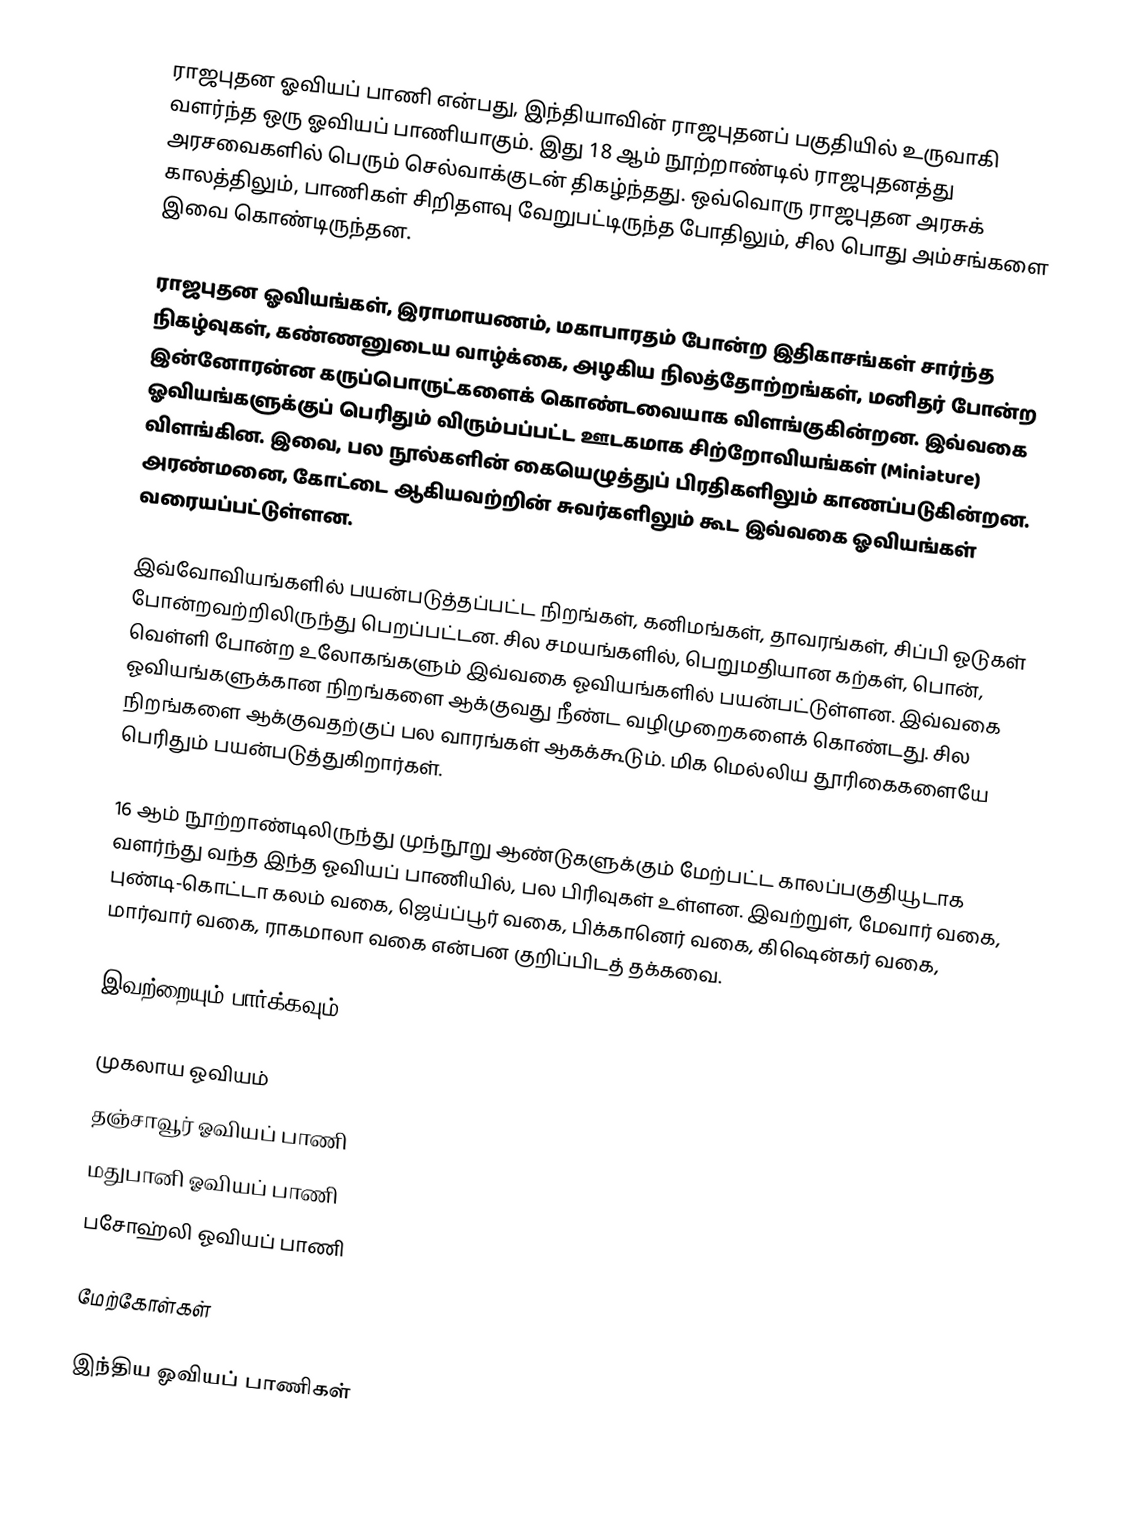
ராஜபுதன ஓவியப் பாணி என்பது, இந்தியாவின் ராஜபுதனப் பகுதியில் உருவாகி வளர்ந்த ஒரு ஓவியப் பாணியாகும். இது 18 ஆம் நூற்றாண்டில் ராஜபுதனத்து அரசவைகளில் பெரும் செல்வாக்குடன் திகழ்ந்தது. ஒவ்வொரு ராஜபுதன அரசுக் காலத்திலும், பாணிகள் சிறிதளவு வேறுபட்டிருந்த போதிலும், சில பொது அம்சங்களை இவை கொண்டிருந்தன.

ராஜபுதன ஓவியங்கள், இராமாயணம், மகாபாரதம் போன்ற இதிகாசங்கள் சார்ந்த நிகழ்வுகள், கண்ணனுடைய வாழ்க்கை, அழகிய நிலத்தோற்றங்கள், மனிதர் போன்ற இன்னோரன்ன கருப்பொருட்களைக் கொண்டவையாக விளங்குகின்றன. இவ்வகை ஓவியங்களுக்குப் பெரிதும் விரும்பப்பட்ட ஊடகமாக சிற்றோவியங்கள் (Miniature) விளங்கின. இவை, பல நூல்களின் கையெழுத்துப் பிரதிகளிலும் காணப்படுகின்றன. அரண்மனை, கோட்டை ஆகியவற்றின் சுவர்களிலும் கூட இவ்வகை ஓவியங்கள் வரையப்பட்டுள்ளன.

இவ்வோவியங்களில் பயன்படுத்தப்பட்ட நிறங்கள், கனிமங்கள், தாவரங்கள், சிப்பி ஓடுகள் போன்றவற்றிலிருந்து பெறப்பட்டன. சில சமயங்களில், பெறுமதியான கற்கள், பொன், வெள்ளி போன்ற உலோகங்களும் இவ்வகை ஓவியங்களில் பயன்பட்டுள்ளன. இவ்வகை ஓவியங்களுக்கான நிறங்களை ஆக்குவது நீண்ட வழிமுறைகளைக் கொண்டது. சில நிறங்களை ஆக்குவதற்குப் பல வாரங்கள் ஆகக்கூடும். மிக மெல்லிய தூரிகைகளையே பெரிதும் பயன்படுத்துகிறார்கள்.

16 ஆம் நூற்றாண்டிலிருந்து முந்நூறு ஆண்டுகளுக்கும் மேற்பட்ட காலப்பகுதியூடாக வளர்ந்து வந்த இந்த ஓவியப் பாணியில், பல பிரிவுகள் உள்ளன. இவற்றுள், மேவார் வகை, புண்டி-கொட்டா கலம் வகை, ஜெய்ப்பூர் வகை, பிக்கானெர் வகை, கிஷென்கர் வகை, மார்வார் வகை, ராகமாலா வகை என்பன குறிப்பிடத் தக்கவை.

இவற்றையும் பார்க்கவும்

 முகலாய ஓவியம்
 தஞ்சாவூர் ஓவியப் பாணி
 மதுபானி ஓவியப் பாணி
 பசோஹ்லி ஓவியப் பாணி

மேற்கோள்கள்

இந்திய ஓவியப் பாணிகள்